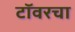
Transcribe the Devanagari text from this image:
टॉवरचा